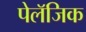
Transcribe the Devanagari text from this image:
पेलॅजिक